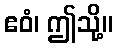
ဧဝံ၊ ဤသို့။